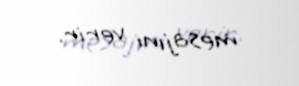
mesajını verir.